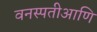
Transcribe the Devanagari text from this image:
वनस्पतीआणि